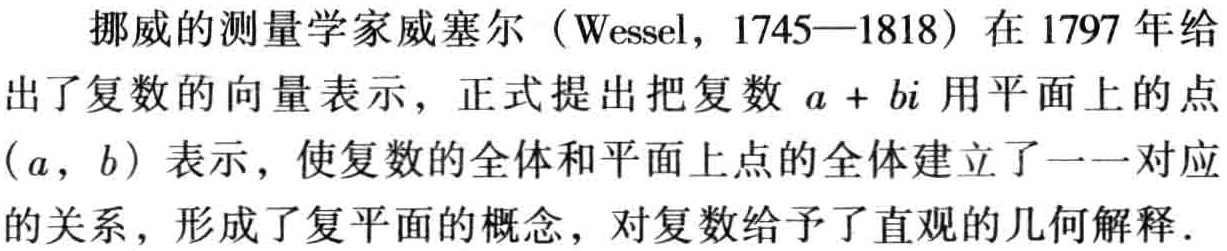
挪威的测量学家威塞尔（Wessel，1745—1818）在 1797 年给出了复数的向量表示，正式提出把复数 \(a + bi\) 用平面上的点\((a,b)\)表示，使复数的全体和平面上点的全体建立了一一对应的关系，形成了复平面的概念，对复数给予了直观的几何解释.